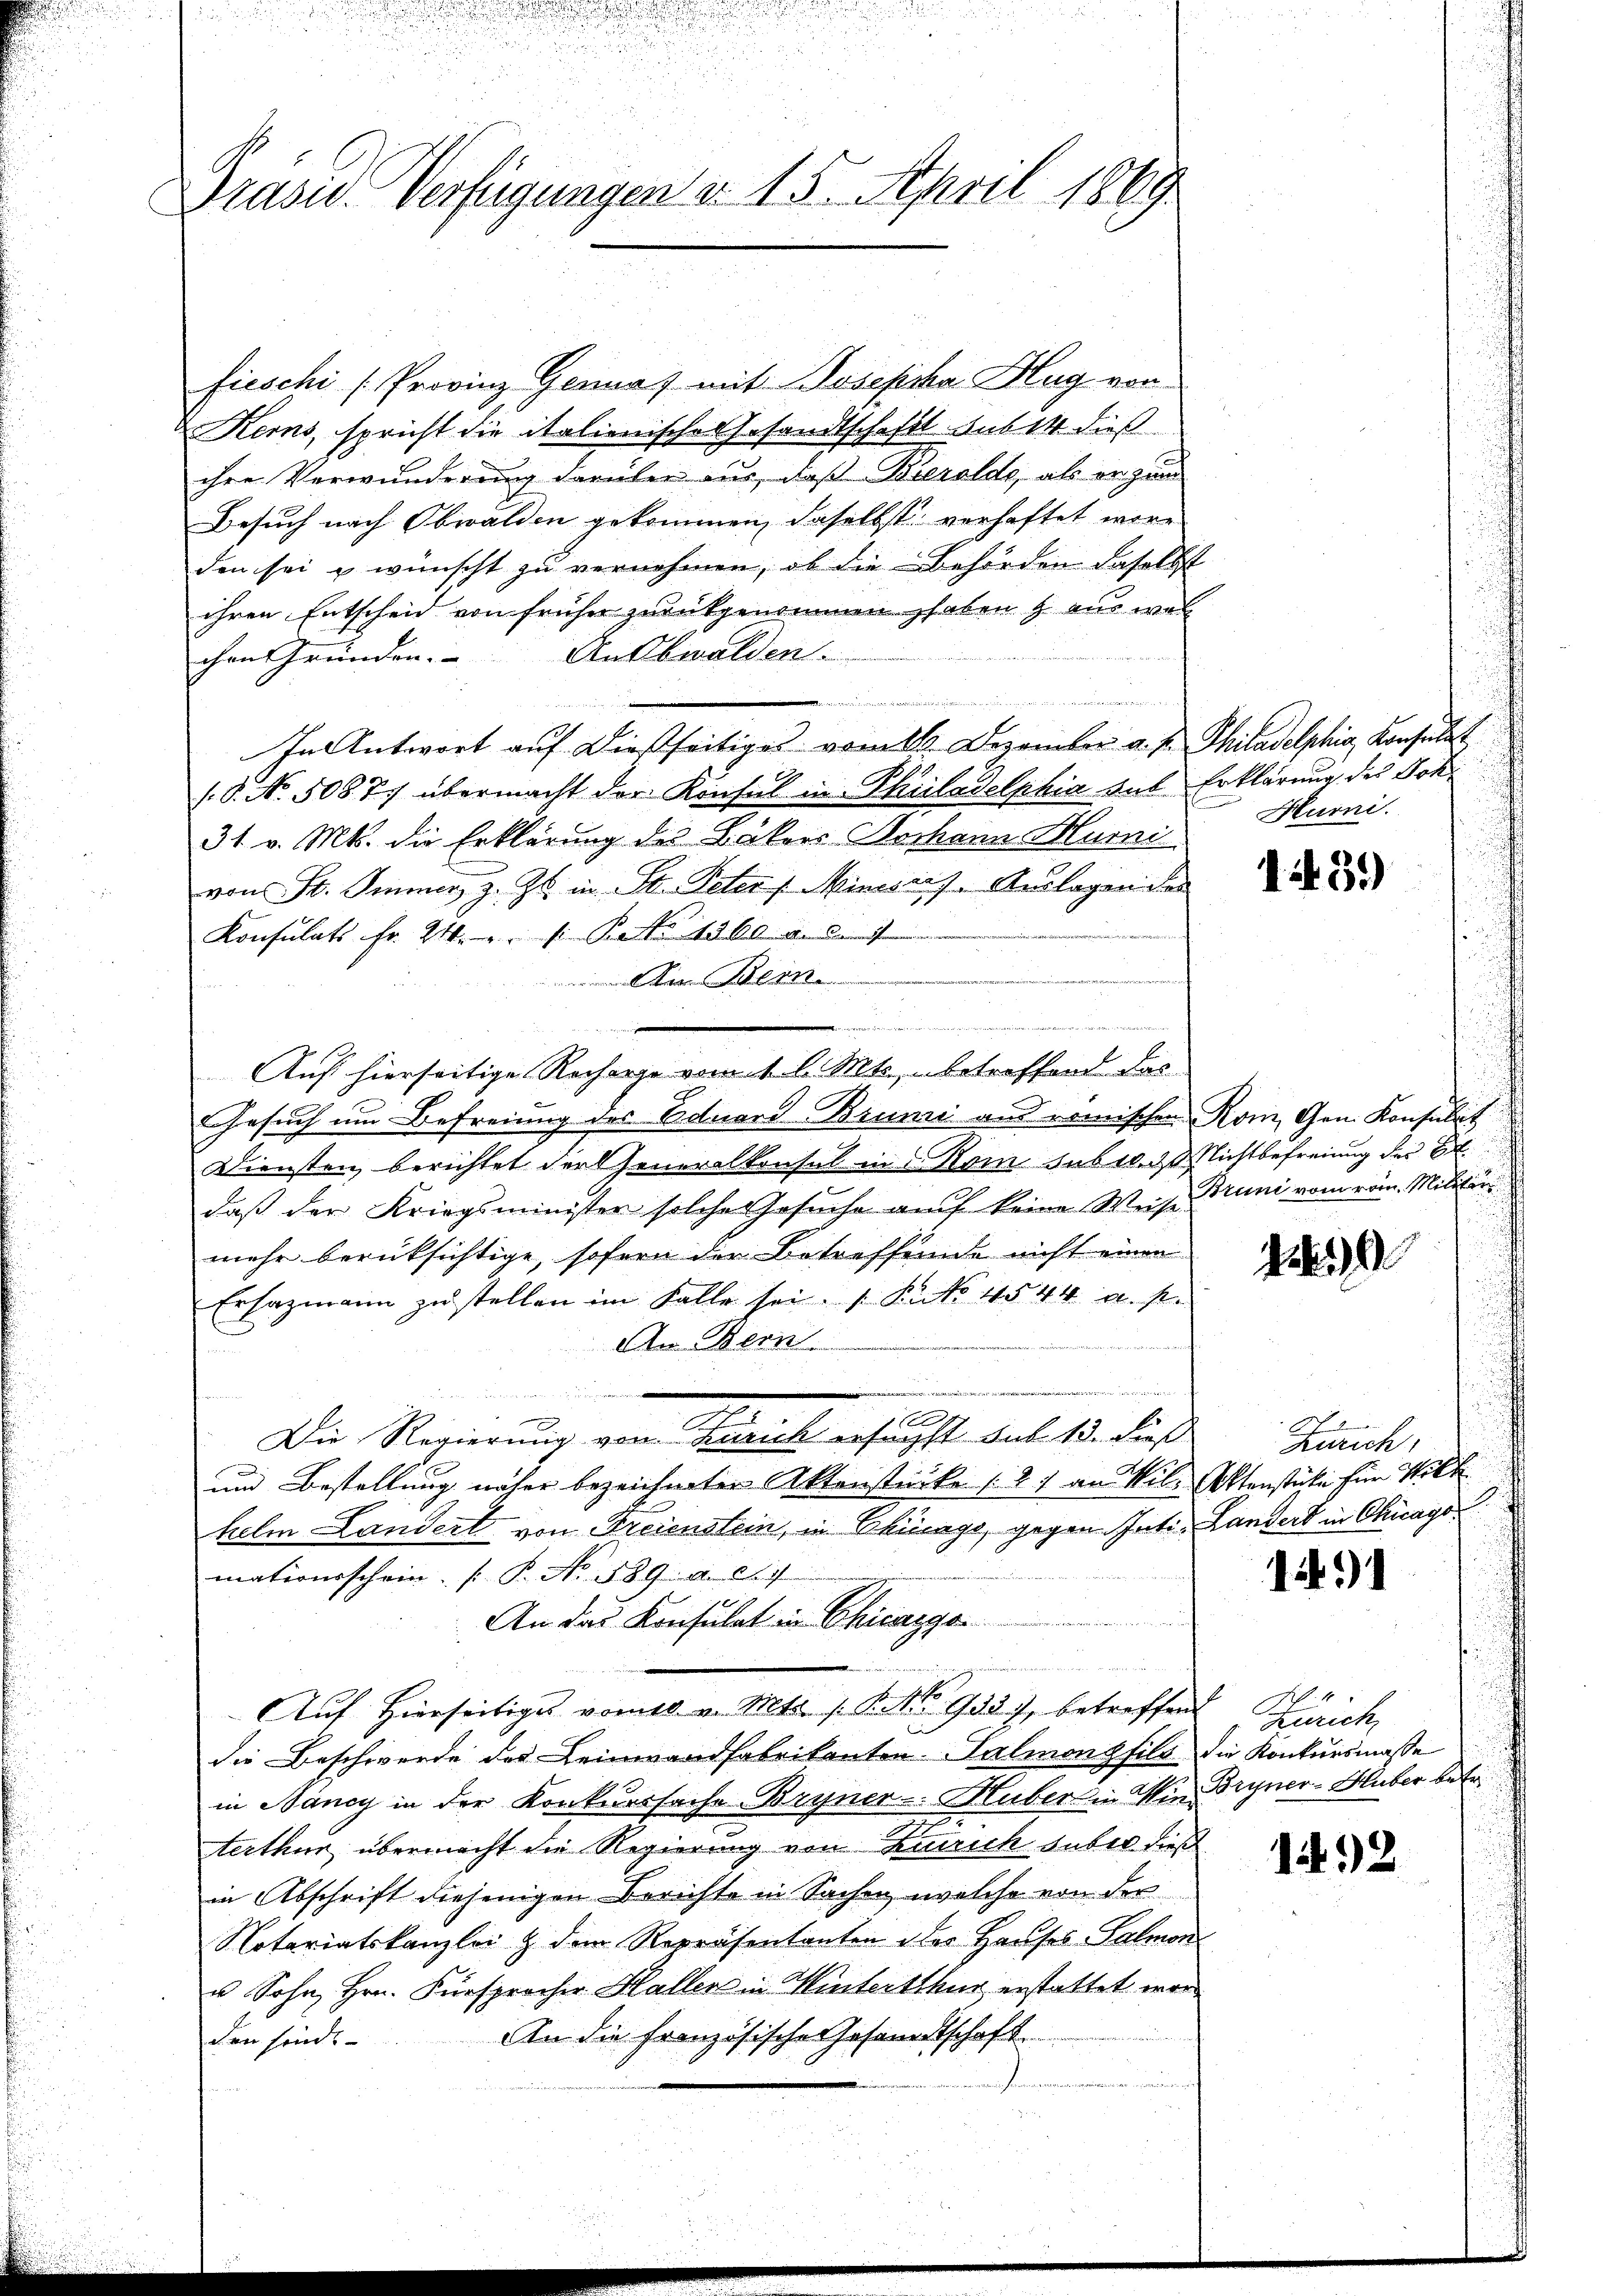
Präsid. Verfügungen v. 15. April 1849

fieschi (Provinz Genaf mit Josepha Hug vor
Kerns, spricht die italienische Gesandtschaft aus 14 dieß
ihre Verwunderung darüber aus, daß Berolde, als er zun
Besuch nach Obwalden gekommen, daselbst verhaftet wäre
den sei & wünscht zu vernehmen, ob die Behörden daselbst
ihren Entscheid von früher zurückgenommen haben & aus wel
Ansbwalden.
chen Gründen.
In Antwort aŭf dießseitiges vom 11. Dezember a. p. Philadelphia, Konsulat
(8. No. 508. 77 übermacht der Konsul in Philadelphia aus Erklärung des Joh¬
31. v. Mts. die Erklärung des Bäkers Johann Humi
von St. Immer z. Zt. in St. Peter, Ministes Auslagen der
Konsulats fr. 24. S. 1500
Berner
Aren Bern
.

Auf hierseitige Recharge vom 1. l. Mts., betroffend das
Gesuch um Befreiung des Eduard Bruni aus römischen Rom, Gen. Konsulat
Diensten berichtet der Generalkonsul in Rom habt. Nichtbefreiung der Be
daß der Kriegsminister solche Gesuche auf keine Weise Bruni vom rein. Militärs
mehr berüksichtige, sofern der Betreffende nicht einen
Ersazmann zu stellen im Falle sei, 1 Kuko 4544 u. s.
An Bern
nachgemeinen
e
e
u
Die Regierung von Zürich erfachst sub 15. dieß
und Bestellung näher bezeichneter Aktenstücke (2) an Vil. Aktenstüke für Wilh
helm Landert von Freienstein, in Bürge, gegen Inti, Landert in Chicagomationsschein. P. No. 589. d. d.
An das Konsulat in Chicaggo
e
Aŭf Hierseitiges vom 10. v. Mts. 1. P. Nr. 933), betreffend
die Beschwerde des Leinwandfabrikanten Talmongfils die Konkursmasse
in Nancy in der Konkurssache Bryner-Huber in Min. Bryner-Huber betr.
terthur übermacht die Regierung von Einrich haber dieß
in Abschrift diejenigen Berichte in Sachen, welche von der
Notariatskanzlei & dem Repräsentanten der Hauses Palmon
u Sohn, Hrn. Fürsprocher Haller in Hinterthur erstattet wor
An die Französische Gesandtschaft
den sinde

Hurni

1439)

19

Zürich,

191

Zürich

192